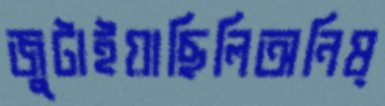
জুটাইয়াছিলিঅনিষ্